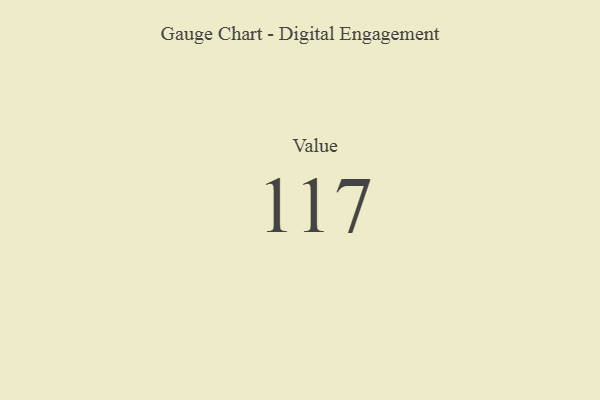
{"axis": {"x": "Metric", "y": "Value"}, "legend": [""], "data": [{"x": "Value", "y": 117, "type": ""}]}